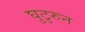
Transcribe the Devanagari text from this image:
घुटुरुन